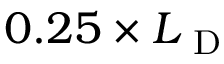
0 . 2 5 \times L _ { \mathrm { ~ D ~ } }